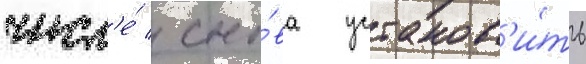
числ'е́ / сно́ва установ'и́ть